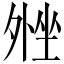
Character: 𫮋